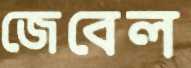
জেবেল